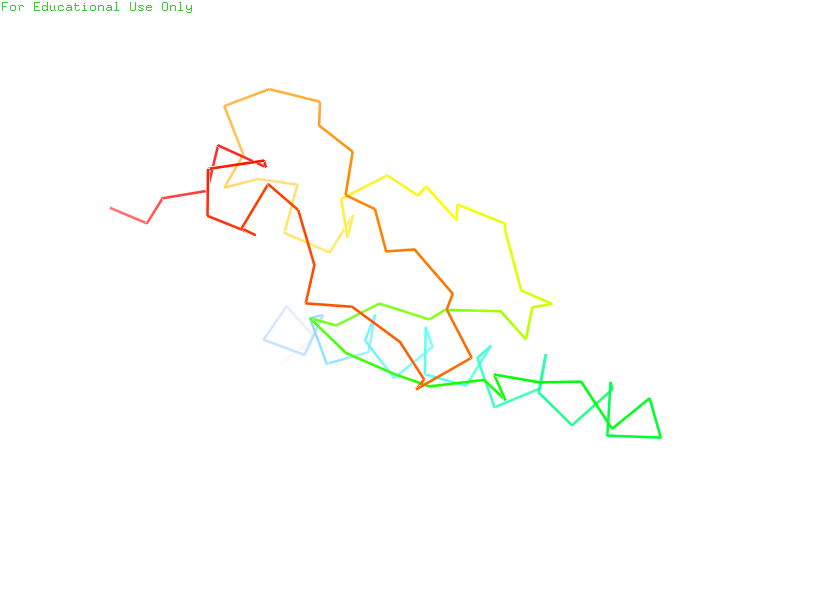
pymol, preset, ligand_sites_dots